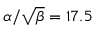
{ \alpha / \sqrt \beta } = 1 7 . 5